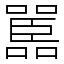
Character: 嚚